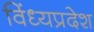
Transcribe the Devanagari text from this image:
विंध्यप्रदेश